Annual report on the lock hospitals of the Madras Presidency
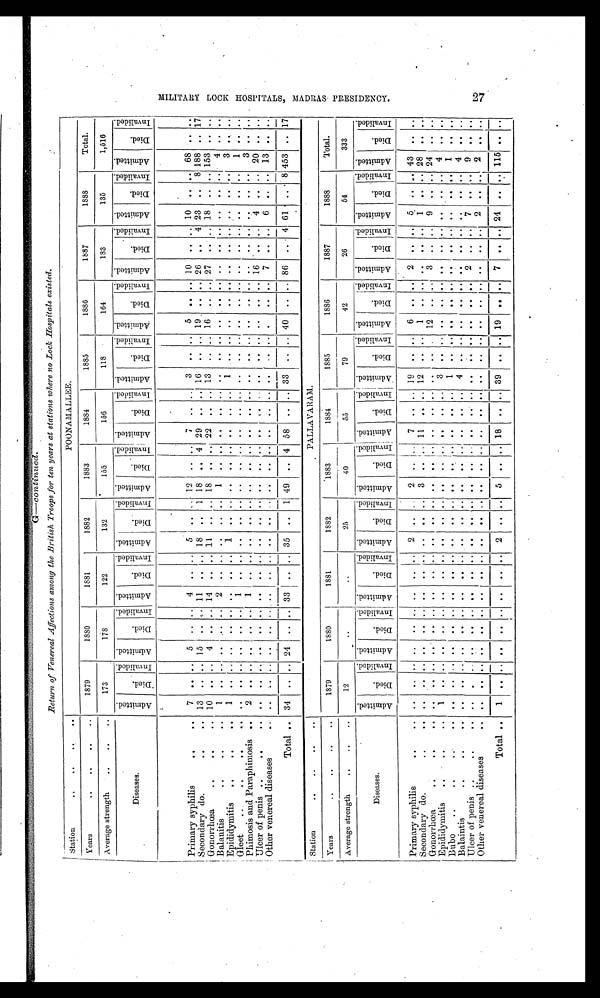
G—continued.
Return of Venereal Affections among the British Troops for ten years at stations where no Loch hospitals existed.
Station
. . . . . .
POONAMALLEE.
Years
.. .. .. ..
1879
1880
1881
1882
1883
1884
1885
1886
1887
1888
Total.
Average strength
.. .. ..
173
178
122
132
155
156
118
164
183
135
1,516
Diseases.
A d m i t t e d .
D i e d .
I n v a l i d e d . A d m i t t e d .
D i e d .
I n v a l i d e d .
A d m i t t e d .
D i e d .
I n v a l i d e d . A d m i t t e d
D i e d .
I n v a l i d e d .
A d m i t t e d .
D i e d .
I n v a l i d e d .
A d m i t t e d .
D i e d .
I n v a l i d e d . A d m i t t e d .
D i e d .
I n v a l i d e d . Admi t t ed.
D i e d .
I n v a l i d e d . A d m i t t e d .
D i e d .
I n v a l i d e d . A d m i t t e d .
D i e d .
n v a l i d e d . A d m i t t e d .
D i e d .
I n v a l i d e d .
Primary syphilis
.. .. ..
7
.. ..
5
.. .. 4
.. ..
5
..
. .
12 .. ..
7
. .
. . 3
. . ..
5
. . .. 10
. .
.. 10 .. .. 68
. .
. .
Secondary do.. .. ..
13
. . .. 15
..
11
.. .. 18
..
1 18
.. 4 29 ..
. . 16
.. .. 19 .. .. 2
.. 4 23
..
8 188 .. 17
Gonorrhœa
.. ..
10
. .
. . 4
. .
. .
1 4
. .
. .
1 1 ..
. . 18 ..
. . 22
. .
. . 13
. .
. .
16
. .
. .
2 7
. .
. . 18
.. .. 153 .. ..
Balanitis
......
1
. . . .
. .
. .
. . 2
. .
. .
. .
. .
. . 1
..
. .
. .
. .
. .
. .
. .
. .
..
. .
. .
. .
. .
. .
. . ..
. . 4
. .
. .
Epididymitis
.. .. ..
1
. . . .
. .
. .
. .
. .
. .
. .
. .
. .
. . . .
..
. .
. .
. .
. . 1
. .
. .
..
. .
. .
. .
. .
. .
. .
..
. . 3
. .
. .
Gleet
.. .. ..
. .
. . . .
. .
. .
. . 1
. .
. .
. .
. .
. .
. . ..
. .
. .
. . . .
. .
. .
. .
. .
..
. .
. .
. .
. .
. .
. . ..
. .
. . ..
. .
Phimosis and Paraphimosis ..
2
. .
. . . .
. .
. . 1
. .
. .
. .
. .
. .
. . ..
. .
. .
. .
. .
. .
. .
. .
..
. .
. .
. .
. .
. .
. . ..
. . 3
..
. .
Ulcer of penis ....
. .
. . . .
. .
. .
. .
. .
. .
. .
. .
. .
. .
. . ..
. .
. . . .
. .
. .
. .
. .
..
. . .. 16 ..
..
4
..
. . 20
. .
. .
Other venereal diseases
..
. .
. . . .
. .
. .
. .
. .
. .
. . ..
. .
. . . .
. .
. . . .
. .
. .
. .
. . . . ..
. .
. .
. .
. .
. .
. .
. .
. . 13
. .
. .
Total .. 34
.. .. 24 .. .. 33
.. .. 35
..
1 49
.. 4 58
.. .. 33
. . .. 40
.. .. 86
.. 4 61
..
8 453
. . 17
Station
.. .. .. ..
PALLAVARAM.
Years
........
1879
1880
1881
1882
1883
1884
1885
1886
1887
1888
Total.
Average strength
......
1
. .
..
25
40
55
79
42
26
54
333
Diseases.
A d m i t t e d .
D i e d .
I n v a l i d e d .
A d m i t t e d .
D i e d .
I n v a l i d e d . A d m i t t e d .
D i e d
I n v a l i d e d .
A d m u i t t e d .
D i e d .
I n v a l i d e d . A d m i t t e d .
D i e d .
I n v a l i d e d . A d m i t t e d .
D i e d .
I n v a l i d e d . A d m i t t e d .
D i e d . Admi t t ed.
A d m i t t e d .
D i e d .
I n v a l i d e d .
A d m i t t e d .
D i e d . I nval i ded.
A d m i t t e d .
D i e d .
I n v a l i d e d . Ad mi t t e d .
D i e d . I n v a l i d e d .
Primary syphilis
. . . .
. .
. . .. . .
. .
. . ..
. .
2
. .
. . 2 .. ..
7
. .
. . 19
. . ..
6
. .
. . 2
. . ..
5
.. .. 43
.. . .
Secondary do.. .. . ..
. . . .
. .
. .
. . ..
. .
. .
. .
. .
. . 3
. .
. . 11
. .
. . 12
. . ..
1
. .
. . . .
. . ..
1
. .
. . 28
.. . .
Gonorrhœa
..
..
. .
. .
. . . .
. . . . ..
. .
. .
. .
. .
. .
. . . .
. .
. . . .
. .
. .
. .
. . ..
12 .. ..
3
.. ..
9
. .
. . 24
. . . .
Epididymitis
. . . . . .
1
. .
. . . .
. .
. .
. .
. .
. .
. .
. .
. . . .
. .
. .
. .
. . 3
. . ..
. .
. .
. . . .
. . ..
. .
. .
. . 4
.. . .
Bubo
. . . . .
. .
. .
. . . .
. .
. .
. .
. .
. .
. .
. .
. . . .
. . . . . .
. .
. . 1
. . ..
. .
. .
. . . .
. . ..
. .
. . ..
1
.. . .
Balaintis .. .. ..
. .
..
. .
. .
. .
. .
. .
. .
. .
. .
. . . .
. .
. . . .
. . ..
4
. . ..
. .
. .
. . . .
. . ..
. .
. .
. . 4 ..
. .
Ulcer of penis . ...
.. ..
.
..
. . . . .. ..
. . .. ..
.. ..
. .
. . ..
. .
. .
. . ..
.. .. ..
. . .. 2
. . ..
7
. . ..
9
..
. .
Other venereal diseases
. .
. .
..
. . . .
. .
. .
. .
. .
. .
. .
. .
. . . .
. .
. .
. .
. .
. . . .
.. ..
. .
. .
. .
. .
. . ..
2
. .
. . 2
.. ..
Total ..
1
. .
. . . .
. . ..
. .
. .
. . 2
. . .
5
. .
. . 18
. .
. . 39
.. .. 19 ..
. . 7
.. .. 24
. .
. . 115
. .
. .